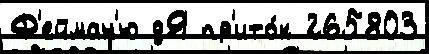
Ф'ейман'ю дЯ пр'ито́к 265803